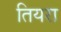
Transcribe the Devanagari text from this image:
तियरा